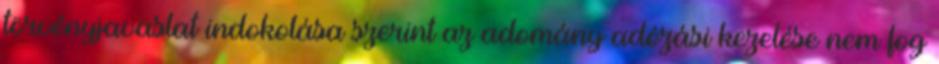
törvényjavaslat indokolása szerint az adomány adózási kezelése nem fog